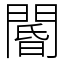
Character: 閽